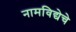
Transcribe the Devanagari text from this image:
नामविद्येचे